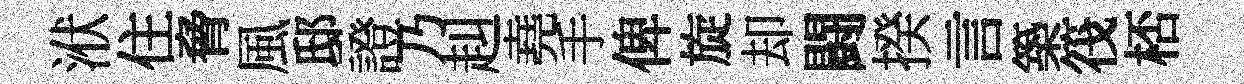
洑住脅風邸證乃赳堯手俾旋却闘揆言築筏桮